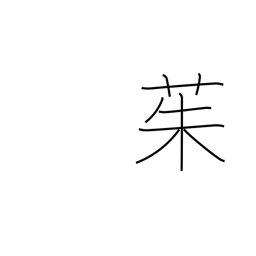
Meaning: river ginger tree